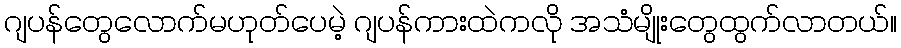
ဂျပန်တွေလောက်မဟုတ်ပေမဲ့ ဂျပန်ကားထဲကလို အသံမျိုးတွေထွက်လာတယ်။